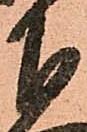
下